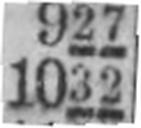
1032